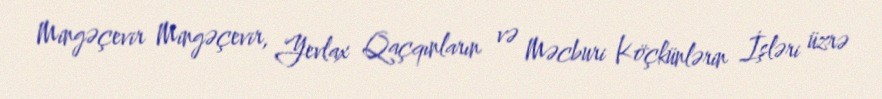
Mingəçevir Mingəçevir, Yevlax Qaçqınların və Məcburi Köçkünlərin İşləri üzrə